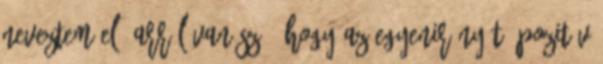
neveztem el. Arról van szó, hogy az egyenirányító pozitív